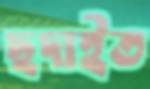
ছদাইত